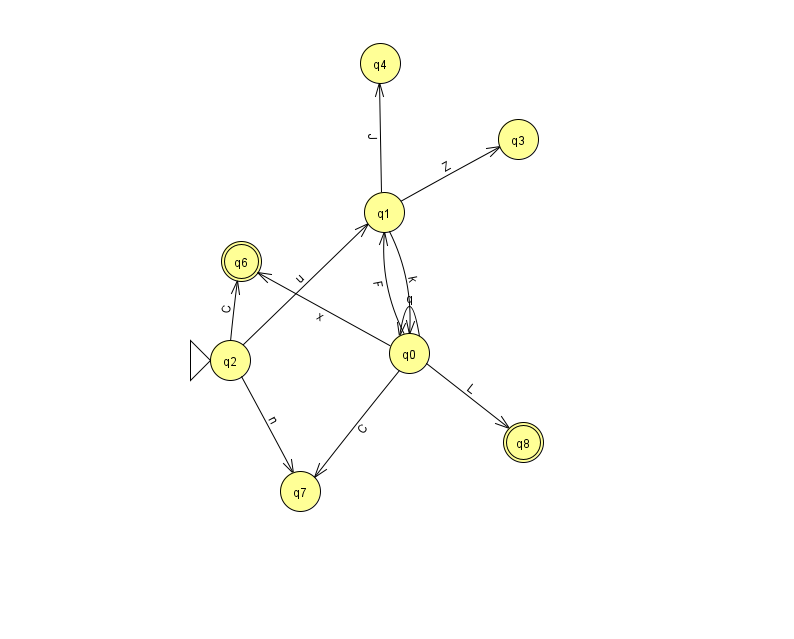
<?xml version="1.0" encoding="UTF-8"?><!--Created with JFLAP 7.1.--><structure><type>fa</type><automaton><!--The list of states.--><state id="0" name="q0"><x>409.0</x><y>340.0</y></state><state id="1" name="q1"><x>384.0</x><y>199.0</y></state><state id="2" name="q2"><x>230.0</x><y>347.0</y><initial/></state><state id="3" name="q3"><x>518.0</x><y>126.0</y></state><state id="4" name="q4"><x>380.0</x><y>50.0</y></state><state id="6" name="q6"><x>241.0</x><y>248.0</y><final/></state><state id="7" name="q7"><x>300.0</x><y>478.0</y></state><state id="8" name="q8"><x>523.0</x><y>429.0</y><final/></state><!--The list of transitions.--><transition><from>0</from><to>0</to><read>q</read></transition><transition><from>0</from><to>8</to><read>L</read></transition><transition><from>0</from><to>1</to><read>F</read></transition><transition><from>2</from><to>1</to><read>u</read></transition><transition><from>2</from><to>6</to><read>C</read></transition><transition><from>1</from><to>0</to><read>k</read></transition><transition><from>1</from><to>4</to><read>J</read></transition><transition><from>1</from><to>3</to><read>Z</read></transition><transition><from>0</from><to>6</to><read>x</read></transition><transition><from>0</from><to>7</to><read>C</read></transition><transition><from>2</from><to>7</to><read>n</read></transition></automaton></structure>